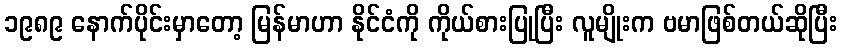
၁၉၈၉ နောက်ပိုင်းမှာတော့ မြန်မာဟာ နိုင်ငံကို ကိုယ်စားပြုပြီး လူမျိုးက ဗမာဖြစ်တယ်ဆိုပြီး